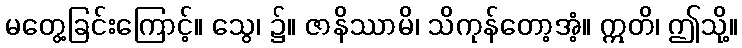
မတွေ့ခြင်းကြောင့်။ သွေ၊ ၌။ ဇာနိဿာမိ၊ သိကုန်တော့အံ့။ ဣတိ၊ ဤသို့။